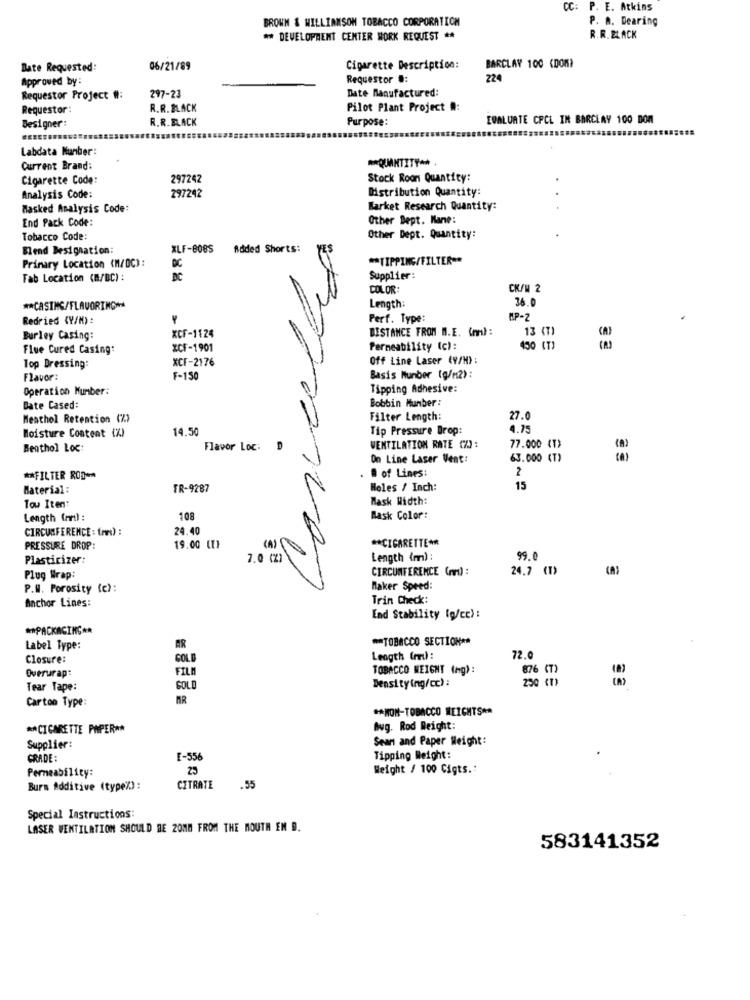
DC:
P. E. Atkins
BROWN & WILLIAMSON TOBACCO CORPORATION
P. A. Dearing
** DEVELOPMENT CENTER WORK REQUEST **
R.R. BLACK
Date Requested:
06/21/89
Cigarette Description:
BARCLAY 100 (DOM)
Approved by:
Requestor #:
224
Date Manufactured:
Requestor Project #:
297-23
Requestor :
R.R. BLACK
Pilot Plant Project #:
R.R. BLACK
Purpose:
EVALUATE CPCL IN BARCLAY 100 DOM
Designer:
Labdata Number:
** QUANTITY **
Current Brand:
Cigarette Code:
297242
Stock Roon Quantity:
Distribution Quantity:
Analysis Code:
297242
Masked Analysis Code:
Market Research Quantity:
End Pack Code:
Other Dept. Kane:
Tobacco Code:
Other Dept. Quantity:
Blend Designation:
XLF-808S
Added Shorts:
Primary Location (M/DC):
** TIPPING/FILTER **
PC
Fab Location (M/BC) :
Supplier:
COLOR:
CK/M 2
36.0
** CASING/FLAVORINCH
Length:
Redried (Y/M) :
Perf. Type:
MP-7
.
XCF-1124
DISTANCE FROM B.E. (mm) :
13 (T)
Burley Casing:
Flue Cured Casing:
xCF-1901
Permeability (c):
430 (T)
XCF-2176
Off Line Laser (9/H):
Top Dressing:
Flavor:
F-150
Basis Number (g/m2):
Operation Number:
Tipping Adhesive:
Bobbin Number:
Bate Cased:
Meathol Retention (%)
Filter Length:
27.0
Moisture Content (%)
14.50
Tip Pressure Drop:
4.75
Benthol Loc
Flavor Loc:
D
VENTILATION RATE (X):
77.000 (T)
On Line Laser Vent:
63.000 (T)
# of Lines:
2
** FILTER ROD **
Material :
TR-9287
Holes / Inch:
15
Mask Width:
Tou Iten:
Length (r) :
108
Mask Color:
CIRCUMFERENCE : (A) :
24.40
** CIGARETTE **
PRESSURE DROP:
19.00 [T]
(A)
Plasticizer:
7.0 (2)
Length (m) :
99.0
CIRCUMFERENCE (md) :
24.7 (1)
Plug Wrap:
P.W. Porosity (c):
Maker Speed:
Anchor Lines:
Trin Check:
End Stability [g/ce) :
** PACKAGING **
AR
** TOBACCO SECTION **
Label Type:
Closure:
COLD
Length (r) :
72.0
Overurap:
FILA
TOBACCO WEIGHT (mg):
876 (T)
Densitying/cc):
Tear Tape:
GOLD
Carton Type:
MR
** NON-TOBACCO WEIGHTS **
** CIGARETTE PAPER **
Bug. Rod Weight:
Sean and Paper Weight:
Supplier:
GRADE:
E-556
Tipping Weight:
Permeability:
25
Weight / 100 Cigts .:
Bura Additive (type%):
CITRATE
.55
Special Instructions:
LASER VENTILATION SHOULD BE 2018 FROM THE MOUTH EN D.
583141352